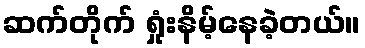
ဆက်တိုက် ရှုံးနိမ့်နေခဲ့တယ်။